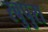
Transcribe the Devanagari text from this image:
रबुपुरा